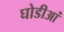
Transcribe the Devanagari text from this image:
घोडीआं